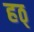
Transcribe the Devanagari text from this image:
हठ्